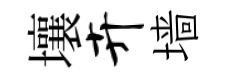
壤卉墙